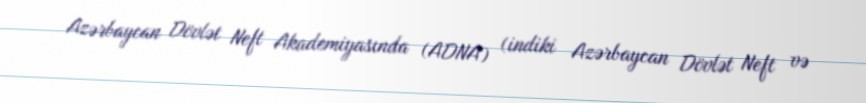
Azərbaycan Dövlət Neft Akademiyasında (ADNA) (indiki Azərbaycan Dövlət Neft və